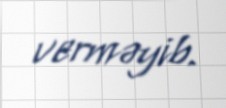
verməyib.